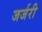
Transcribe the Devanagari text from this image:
जर्जरी